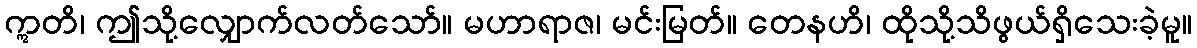
ဣတိ၊ ဤသို့လျှောက်လတ်သော်။ မဟာရာဇ၊ မင်းမြတ်။ တေနဟိ၊ ထိုသို့သိဖွယ်ရှိသေးခဲ့မူ။